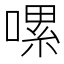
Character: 𠼱